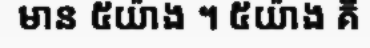
មាន ៥យ៉ាង ។ ៥យ៉ាង គឺ